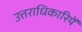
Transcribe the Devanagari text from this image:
उत्तराधिकारियें